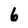
Character: 6